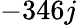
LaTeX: -346j